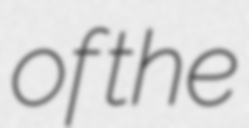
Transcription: of the